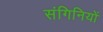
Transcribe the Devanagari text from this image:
संगिनियों